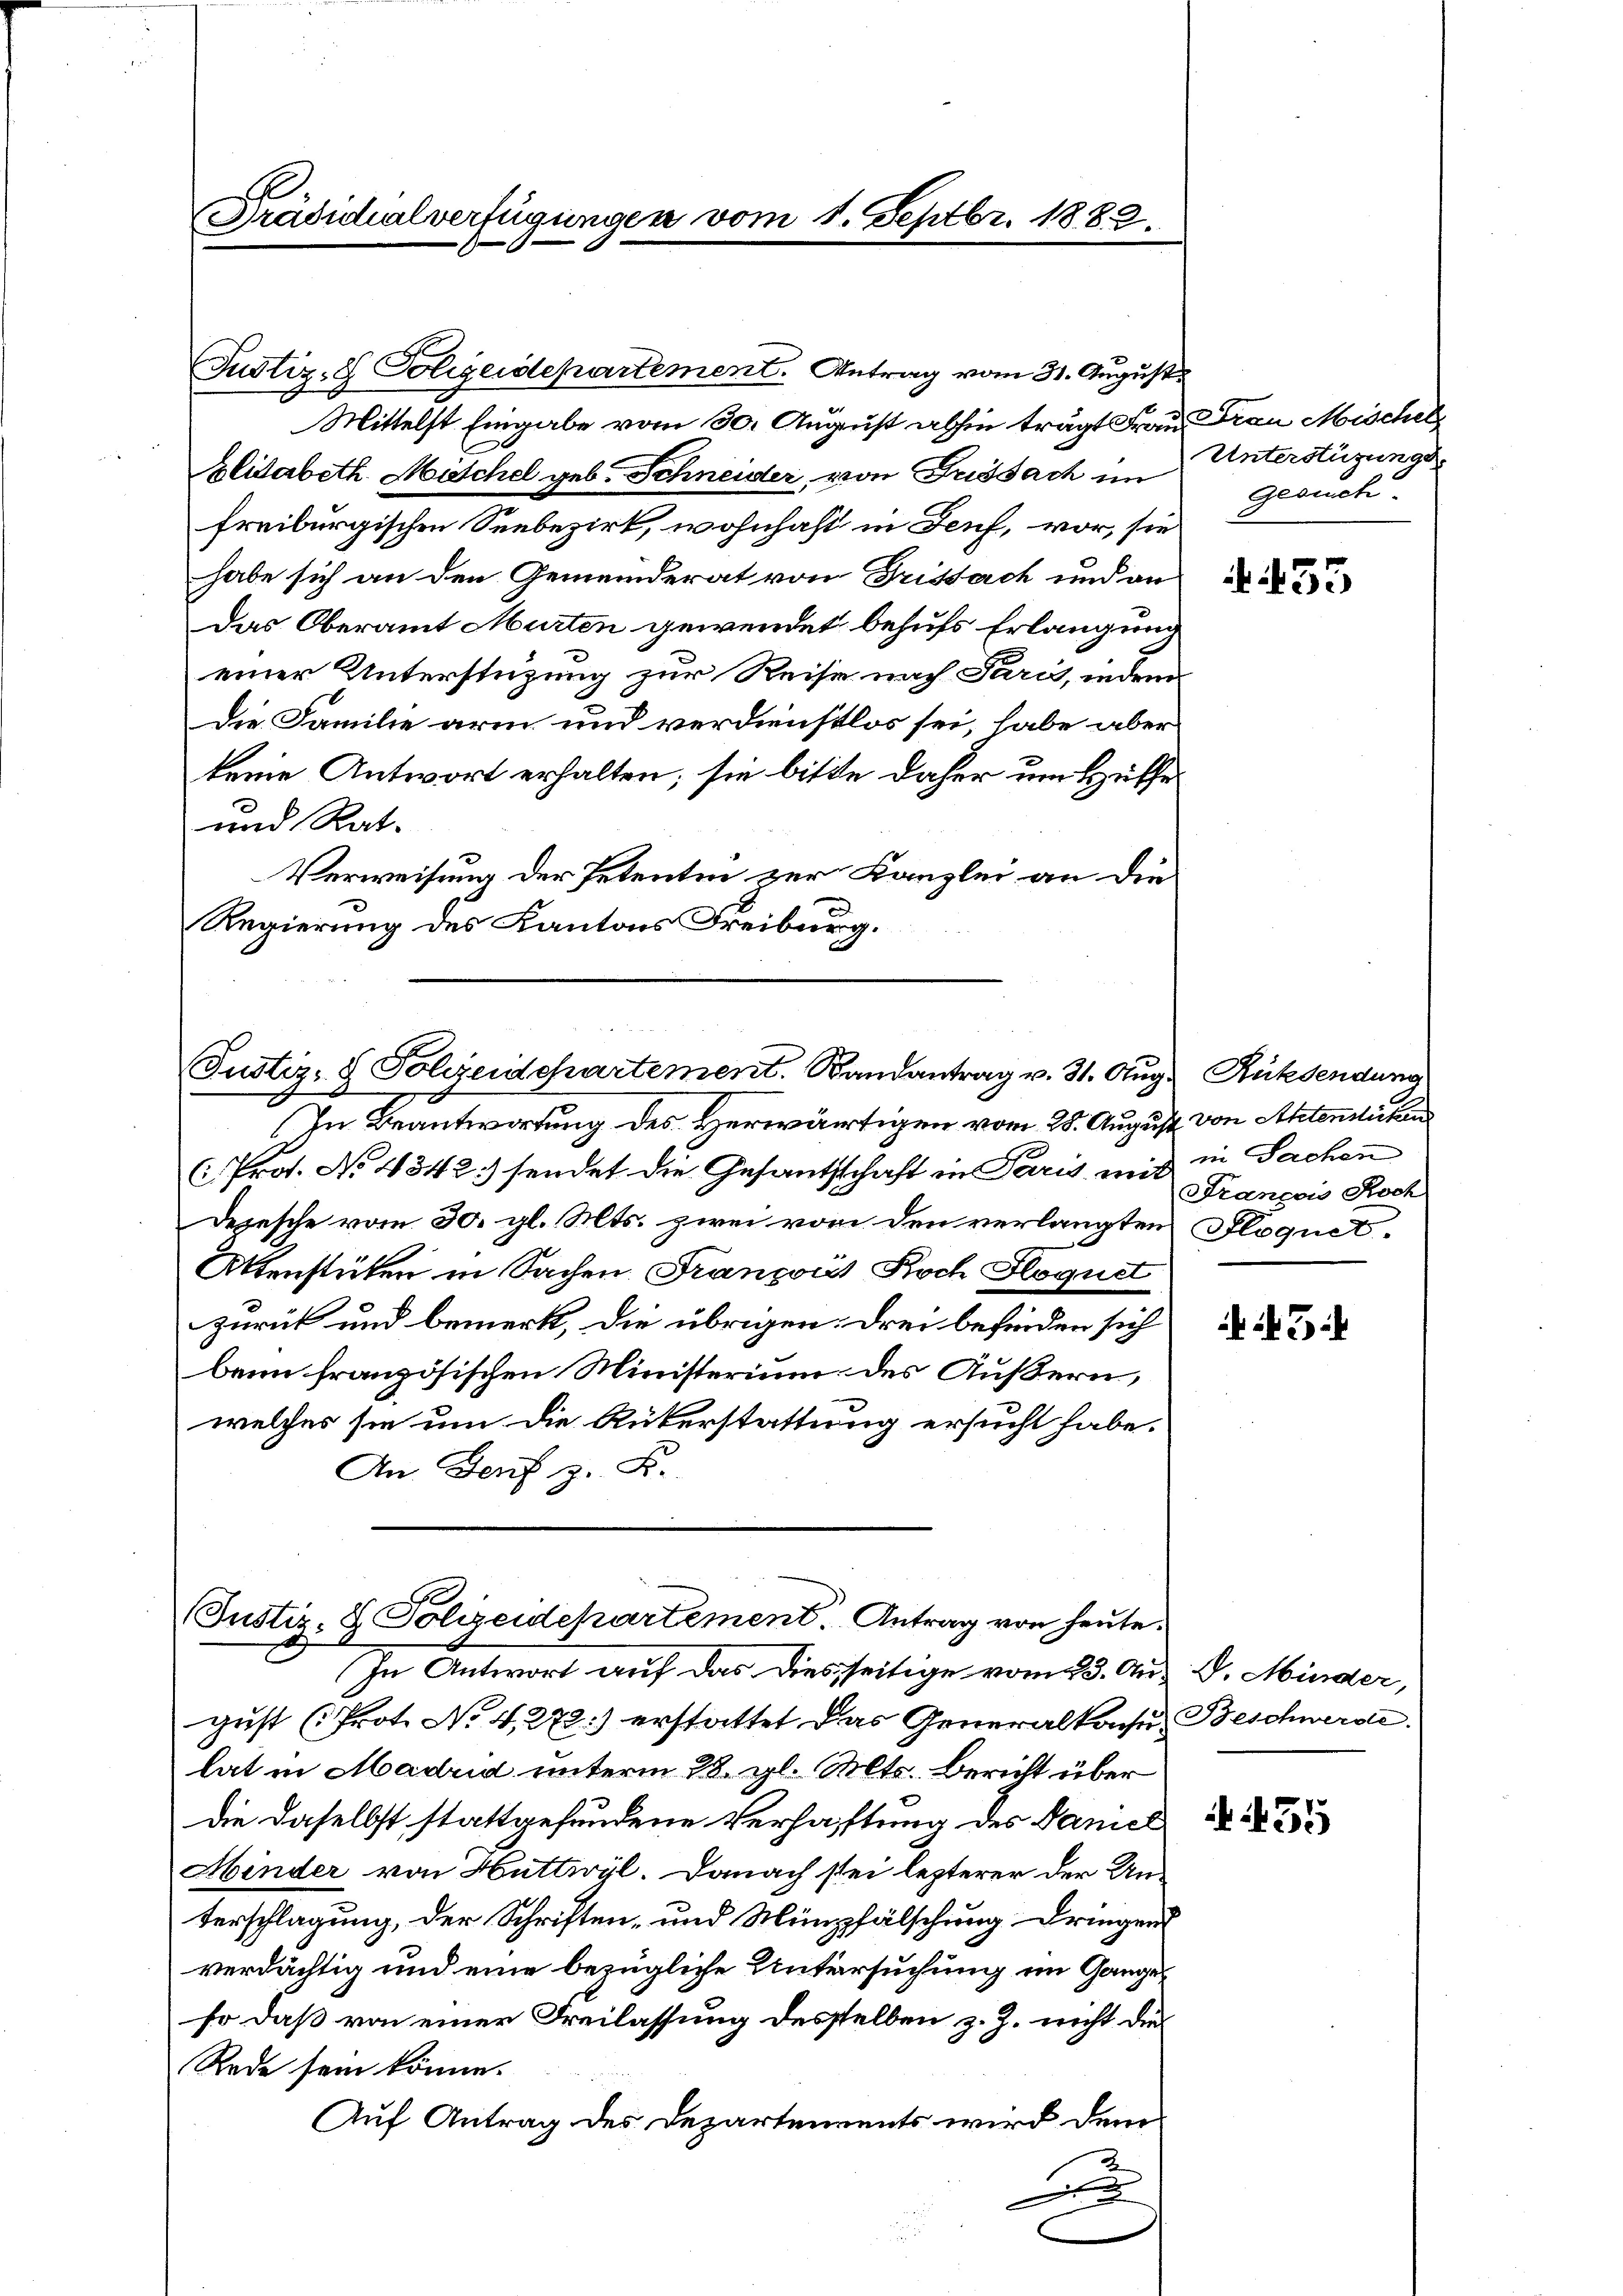
Präsidialverfügungen vom 1. Septbr. 1882.

Justiz- & Polizeidepartement. Antrag vom 31. August
Mittelst Eingabe vom 30. August abhin trägt Frau Frau Mischel,
Alisabeth Mischel geb. Schneider, von Fussach im
freiburgischen Seebezirk, wohnhaft in Genf, vor, sie
habe sich an den Gemeinderat von Drissach und an
Das Oberamt Murten gewendet behufs Erlangung
einer Unterstüzung zur Reise nach Paris, indem
Die Familie arm und verdienstlos sei, habe aber
keine Antwort erhalten; sie bitte daher um Hülfe
und Rat.
Verweisung der Petentin zur Kanzlei an die
Regierung des Kantons Freiburg.

In Beantwortung des Herwärtigen vom 28. August von Aktenslichen
(i. Prot. No. 4342. sendet die Gesanthschaft in Paris mit in Sachen
Depesche vom 30. gl. Mts. zwei von den verlangten Floquet¬
Aktenstücken in Sachen François Koch Floguet
zurück und bemerk, die übrigen Drei befinden sich
beim französischen Ministerium des Äußern,
welches sie um die Rükerstattung ersucht habe.
An Genf z. B.

Justiz- & Polgendepartement. Randantrag v. 31. Aug. Rücksendung

Justiz- & Polizeidepartement. Antrag von heute.
In Antwort auf das diesseitige vom 23. Aug. v. Münder,

gust (Prot. No 4,272) erstattet das Generalkonsu Beschwerde.
lat in Madrid unterm 28. gl. Mts. Bericht über
die daselbst stattgefundene Verhaftung des Daniel
Minder von Huttwyl. Danach stei lezterer der Unterschlagung, der Schriften- und Münzfälschung dringend
verdächtig und eine bezügliche Untersuchung im Ganges
so daß von einer Freilassung desselben z. Z. nicht die
Rede sein könne.
Auf Antrag des Departements wird denn
A

Unterstüzungs
Gesuch.

55

François Roch

3

A 35